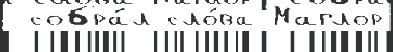
 собра́л сло́ва Маглор